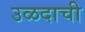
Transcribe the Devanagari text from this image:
उळदाची